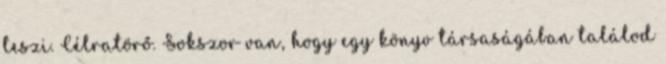
teszi. Célratörő. Sokszor van, hogy egy könyv társaságában találod